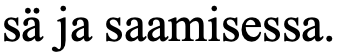
sä ja saamisessa.